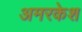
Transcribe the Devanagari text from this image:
अमरकेश